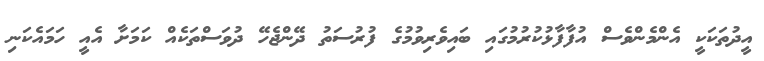
އީދުތަކަކީ އެންމެންވެސް އުފާފާޅުކުރުމުގައި ބައިވެރިވުމުގެ ފުރުސަތު ދޭންޖެހޭ ދުވަސްތަކެއް ކަމަަށާ އެއީ ހަމައެކަނި